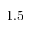
1 . 5